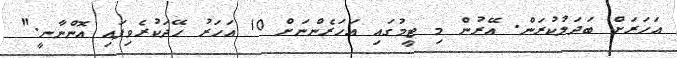
އަހަރަށް ބަދަލުކުރަން. އޭރުން މި ޓީމުގައި އަހަރެންނަށް 10 އަހަރު ހޭދަކުރެވިފައި އޮންނާނީ."